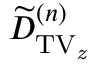
\widetilde { D } _ { \mathrm { T V _ { \it z } } } ^ { ( n ) }